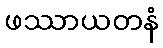
ဖဿာယတနံ